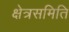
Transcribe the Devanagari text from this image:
क्षेत्रसमिति